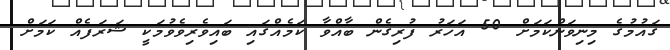
ގައުމުގެ މިނިވަންކަމަށް 50 އަހަރު ފުރިގެން ބާއްވާ ކަމެއްގައި ބައިވެރިވެވުމަކީ ޝަރަފެއް ކަމަށް